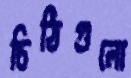
চিঠিগুলো